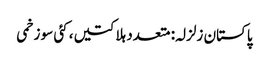
پاکستان زلزلہ: متعدد ہلاکتیں، کئی سو زخمی